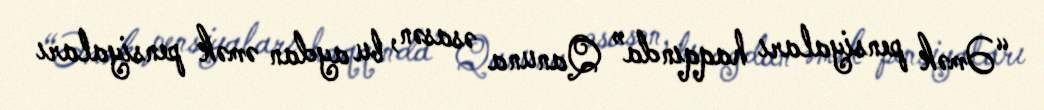
“Əmək pensiyaları haqqında” Qanuna əsasən, bu aydan əmək pensiyaları